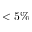
< 5 \%